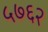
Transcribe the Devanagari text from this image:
५७६२